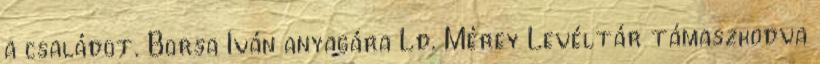
a családot. Borsa Iván anyagára Ld. Mérey Levéltár támaszkodva